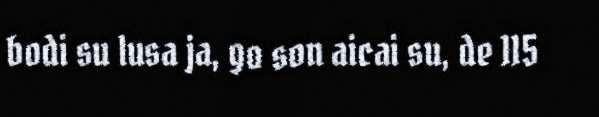
bodi su lusa ja, go son aicai su, de 115